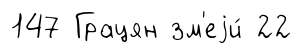
147 Грацян зм'еjи́ 22